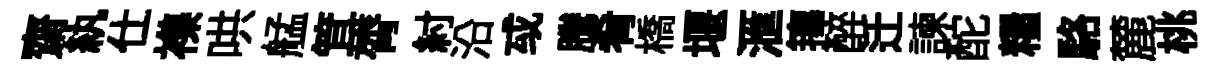
齋紈仕襍哄艋䇯膂紂沿㦯騰肴橋堰滙籜醉迁諫酡糧駱麓桃